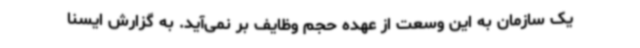
یک سازمان به این وسعت از عهده حجم وظایف بر نمی‌آید. به گزارش ایسنا